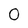
Character: 0